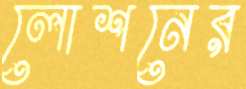
লোশনের